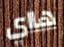
هااي